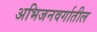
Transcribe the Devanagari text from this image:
अभिजनवर्गातील